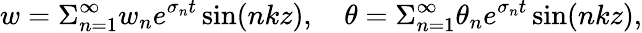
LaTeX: w=\Sigma_{n=1}^{\infty}w_{n}e^{\sigma_{n}t}\sin(nkz),\quad\theta=\Sigma_{n=1}^{\infty}\theta_{n}e^{\sigma_{n}t}\sin(nkz),